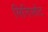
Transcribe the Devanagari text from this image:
मिनिसौट